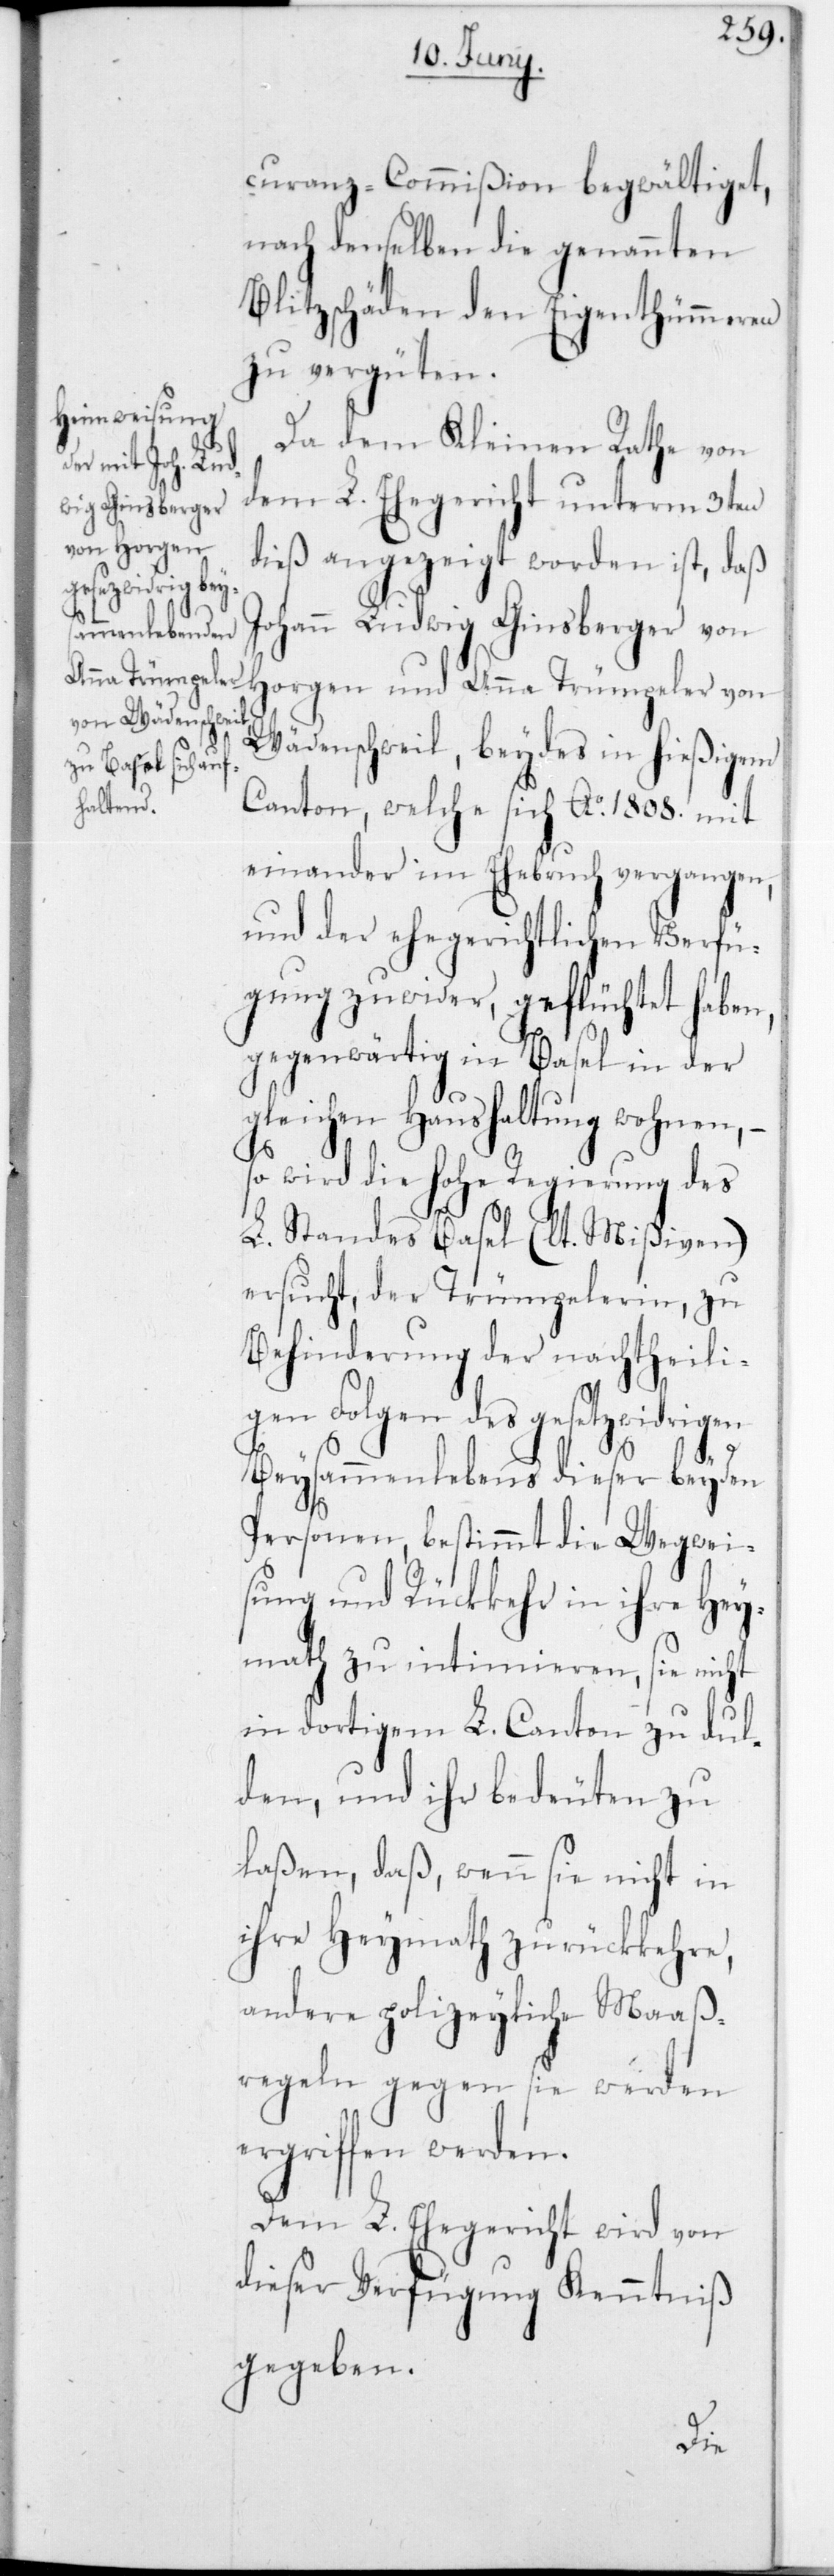
curanz-Commißion begwältiget,
nach denselben die genannten
Blitzschäden den Eigenthümmeren
zu vergüten.
Da dem Kleinen Rathe von
dem L. Ehegericht unterm 3ten
dieß angezeigt worden ist, daß
Johann Ludwig Ginsberger von
Horgen und Anna Trümpeler von
Wädenschweil, beydes in hießigem
Canton, welche sich Ao 1808 mit¬
einander im Ehebruch vergangen,
und der ehegerichtlichen Verfü¬
gung zuwider, geflüchtet haben,
gegenwärtig in Basel in der
gleichen Haushaltung wohnen, –
so wird die Hohe Regierung des
L. Standes Basel (laut Mißiven)
ersucht, der Trümpelerin, zu
Behinderung der nachtheili¬
gen Folgen des gesetzwidrigen
Beysammenlebens dieser beyden
Personen, bestimmt die Wegweis¬
ung und Rückkehr in ihre Hey¬
math zu intimieren, sie nicht
in dortigem L. Canton zu dul¬
den, und ihr bedeuten zu
laßen, daß, wenn sie nicht in
ihre Heymath zurückkehre,
andere polizeyliche Maaß¬
regeln gegen sie werden
ergriffen werden.
Dem L. Ehegericht wird von
dieser Verfügung Kenntniß
gegeben.